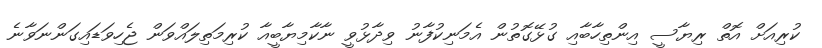
ކުރިއަށް އޮތް ރިޔާސީ އިންތިހާބާއި ގުޅޭގޮތުން އެމަނިކުފާނު ވިދާޅުވީ ނާކާމިޔާބީއާ ކުރިމަތިލައްވަން ޖެހިވަޑައިގަންނަވާނެ